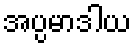
အပ္ပမာဒါယ